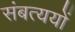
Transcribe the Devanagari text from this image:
संबत्ययों